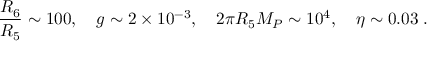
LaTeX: \frac { R _ { 6 } } { R _ { 5 } } \sim 1 0 0 , \quad g \sim 2 \times 1 0 ^ { - 3 } , \quad 2 \pi R _ { 5 } M _ { P } \sim 1 0 ^ { 4 } , \quad \eta \sim 0 . 0 3 \; .